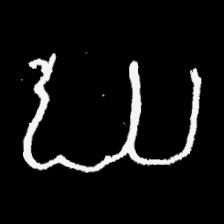
Pyu character \u2014 Myanmar letter: ဃ (romanized: gha)